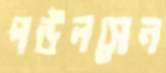
পউলসেন